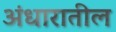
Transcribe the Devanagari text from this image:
अंधारातील